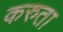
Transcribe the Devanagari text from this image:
करुता